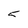
Character: 5